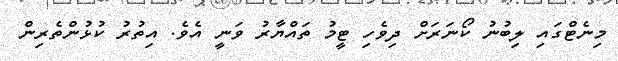
މިނެޓްގައި ލިބުނު ކޯނަރަށް ދިވެހި ޓީމު ތައްޔާރު ވަނީ އެވެ. އިތުރު ކުޅުންތެރިން